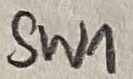
Text: SW1